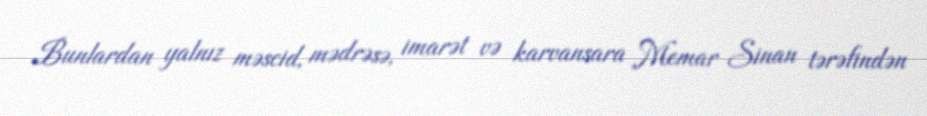
Bunlardan yalnız məscid, mədrəsə, imarət və karvansara Memar Sinan tərəfindən